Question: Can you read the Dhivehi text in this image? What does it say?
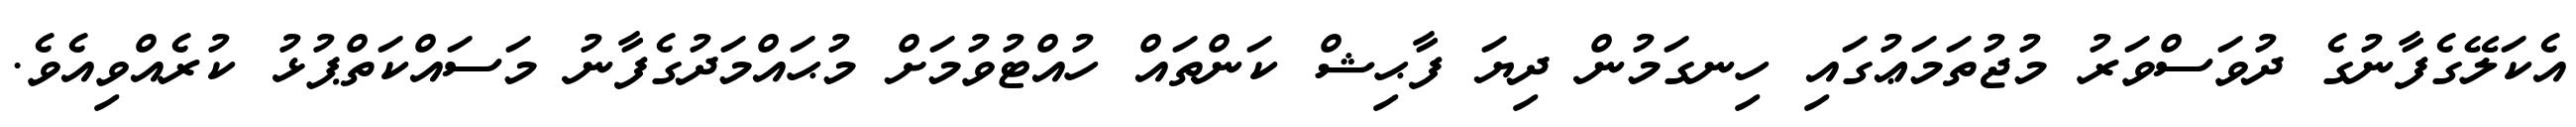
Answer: އެކަލޭގެފާނުގެ ދުވަސްވަރު މުޖުތަމަޢުގައި ހިނގަމުން ދިޔަ ފާޙިޝް ކަންތައް ހުއްޓުވުމަށް މުޙައްމަދުގެފާނު މަސައްކަތްޕުޅު ކުރެއްވިއެވެ.